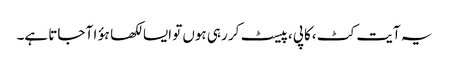
یہ آیت کٹ ،کاپی ،پیسٹ کر رہی ہوں تو ایسا لکھا ہؤا آ جاتا ہے۔